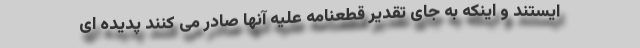
ایستند و اینکه به جای تقدیر قطعنامه علیه آنها صادر می کنند پدیده ای